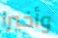
وأخيرا